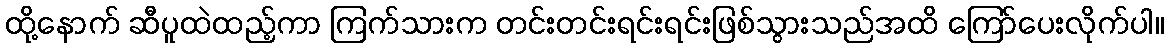
ထို့နောက် ဆီပူထဲထည့်ကာ ကြက်သားက တင်းတင်းရင်းရင်းဖြစ်သွားသည်အထိ ကြော်ပေးလိုက်ပါ။